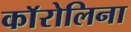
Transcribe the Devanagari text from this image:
काॅरोलिना